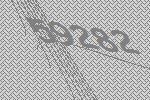
59282